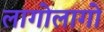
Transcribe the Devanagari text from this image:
लागोलागो